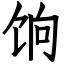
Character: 饷